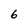
Character: 6